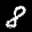
Label: 8